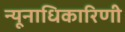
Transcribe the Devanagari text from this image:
न्यूनाधिकारिणी